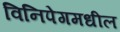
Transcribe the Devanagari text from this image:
विनिपेगमधील